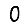
Digit: 0